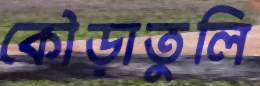
কৌড়াতুলি